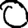
Digit: 0